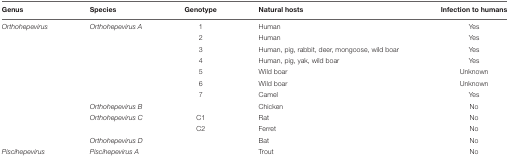
<table><thead><tr><td><b>Genus</b></td><td><b>Species</b></td><td><b>Genotype</b></td><td><b>Natural hosts</b></td><td><b>Infection to humans</b></td></tr></thead><tbody><tr><td><i>Orthohepevirus</i></td><td><i>Orthohepevirus A</i></td><td>1</td><td>Human</td><td>Yes</td></tr><tr><td></td><td></td><td>2</td><td>Human</td><td>Yes</td></tr><tr><td></td><td></td><td>3</td><td>Human, pig, rabbit, deer, mongoose, wild boar</td><td>Yes</td></tr><tr><td></td><td></td><td>4</td><td>Human, pig, yak, wild boar</td><td>Yes</td></tr><tr><td></td><td></td><td>5</td><td>Wild boar</td><td>Unknown</td></tr><tr><td></td><td></td><td>6</td><td>Wild boar</td><td>Unknown</td></tr><tr><td></td><td></td><td>7</td><td>Camel</td><td>Yes</td></tr><tr><td></td><td><i>Orthohepevirus B</i></td><td></td><td>Chicken</td><td>No</td></tr><tr><td></td><td><i>Orthohepevirus C</i></td><td>C1</td><td>Rat</td><td>No</td></tr><tr><td></td><td></td><td>C2</td><td>Ferret</td><td>No</td></tr><tr><td></td><td><i>Orthohepevirus D</i></td><td></td><td>Bat</td><td>No</td></tr><tr><td><i>Piscihepevirus</i></td><td><i>Piscihepevirus A</i></td><td></td><td>Trout</td><td>No</td></tr></tbody></table>